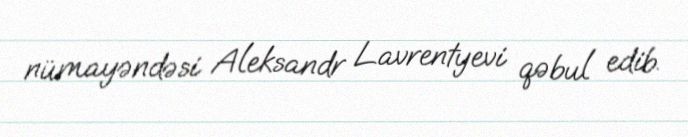
nümayəndəsi Aleksandr Lavrentyevi qəbul edib.